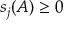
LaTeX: s _ { j } ( A ) \geq 0